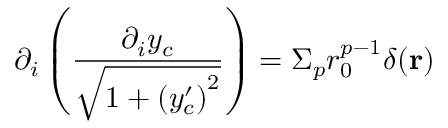
\partial _ { i } \left( \frac { \partial _ { i } y _ { c } } { \sqrt { 1 + \left( y _ { c } ^ { \prime } \right) ^ { 2 } } } \right) = \Sigma _ { p } r _ { 0 } ^ { p - 1 } \delta ( { \bf r } )